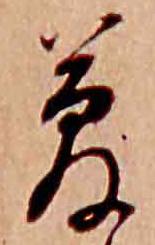
夢